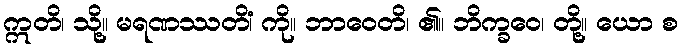
ဣတိ၊ သို့။ မရဏဿတိံ၊ ကို။ ဘာဝေတိ၊ ၏။ ဘိက္ခဝေ၊ တို့။ ယော စ